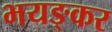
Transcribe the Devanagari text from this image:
भयङ्कर